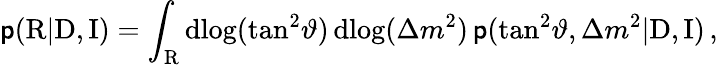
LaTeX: \mathsf{p}(\mathrm{{R}}|\mathrm{{D}},\mathrm{{I}})=\int_{\mathrm{{R}}}\mathrm{{d}}\! \log(\tan^{2}\! \vartheta)\, \mathrm{{d}}\! \log(\Delta{m}^{2})\, \mathsf{p}(\tan^{2}\! \vartheta,\Delta{m}^{2}|\mathrm{{D}},\mathrm{{I}})\, ,